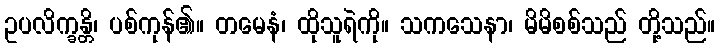
ဥပလိက္ခန္တိ၊ ပစ်ကုန်၏။ တမေနံ၊ ထိုသူရဲကို။ သကသေနာ၊ မိမိစစ်သည် တို့သည်။